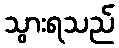
သွားရသည်